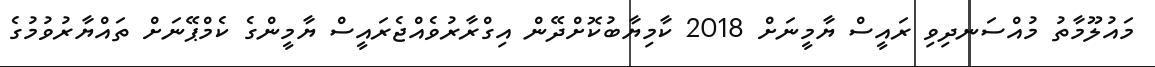
މައުލޫމާތު މުއްސަނދިވި ރައީސް ޔާމީނަށް 2018 ކާމިޔާބުކޮށްދޭން އިގްރާރުވެއްޖެރައީސް ޔާމީންގެ ކެމްޕޭނަށް ތައްޔާރުވުމުގެ